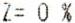
Z= 0 %